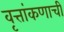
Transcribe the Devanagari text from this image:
वृत्तांकणाची